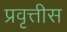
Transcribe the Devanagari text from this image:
प्रवृत्तीस